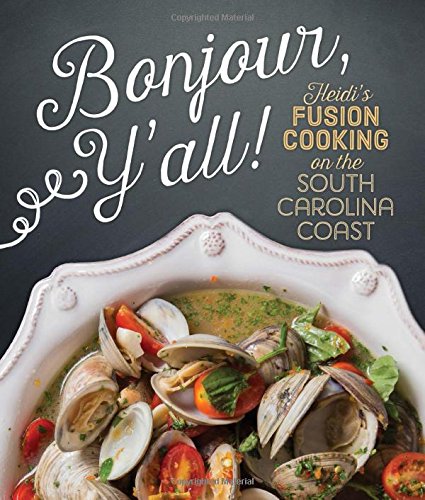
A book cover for Bonjour Y'all: Heidi's Fusion Cooking on the South Carolina Coast; Heidi Vukov; Cookbooks, Food & Wine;